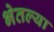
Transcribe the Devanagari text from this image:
भेतल्या